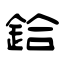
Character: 鉿